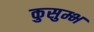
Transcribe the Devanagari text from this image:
कुसुम्भ